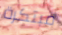
مبتكرة